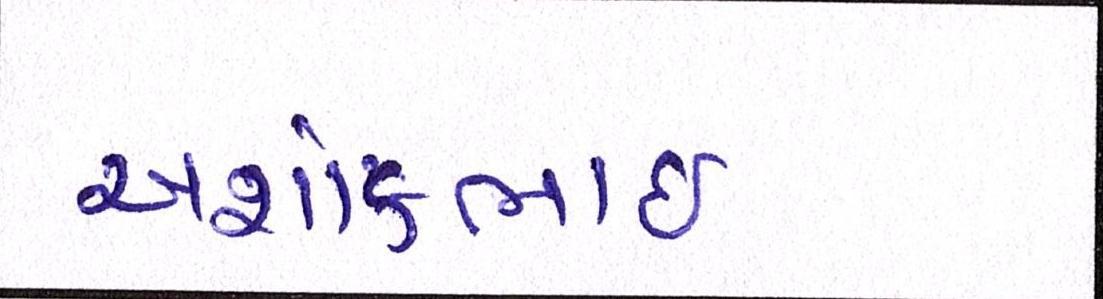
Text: અશોકભાઇ